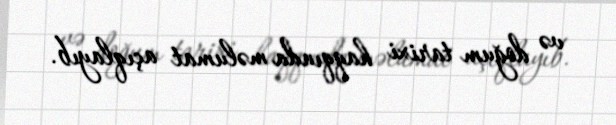
və doğum tarixi haqqında məlumat açıqlayıb.